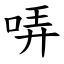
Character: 哢